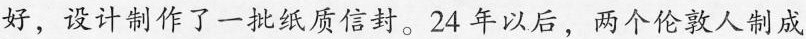
好，设计制作了一批纸质信封。24 年以后，两个伦敦人制成